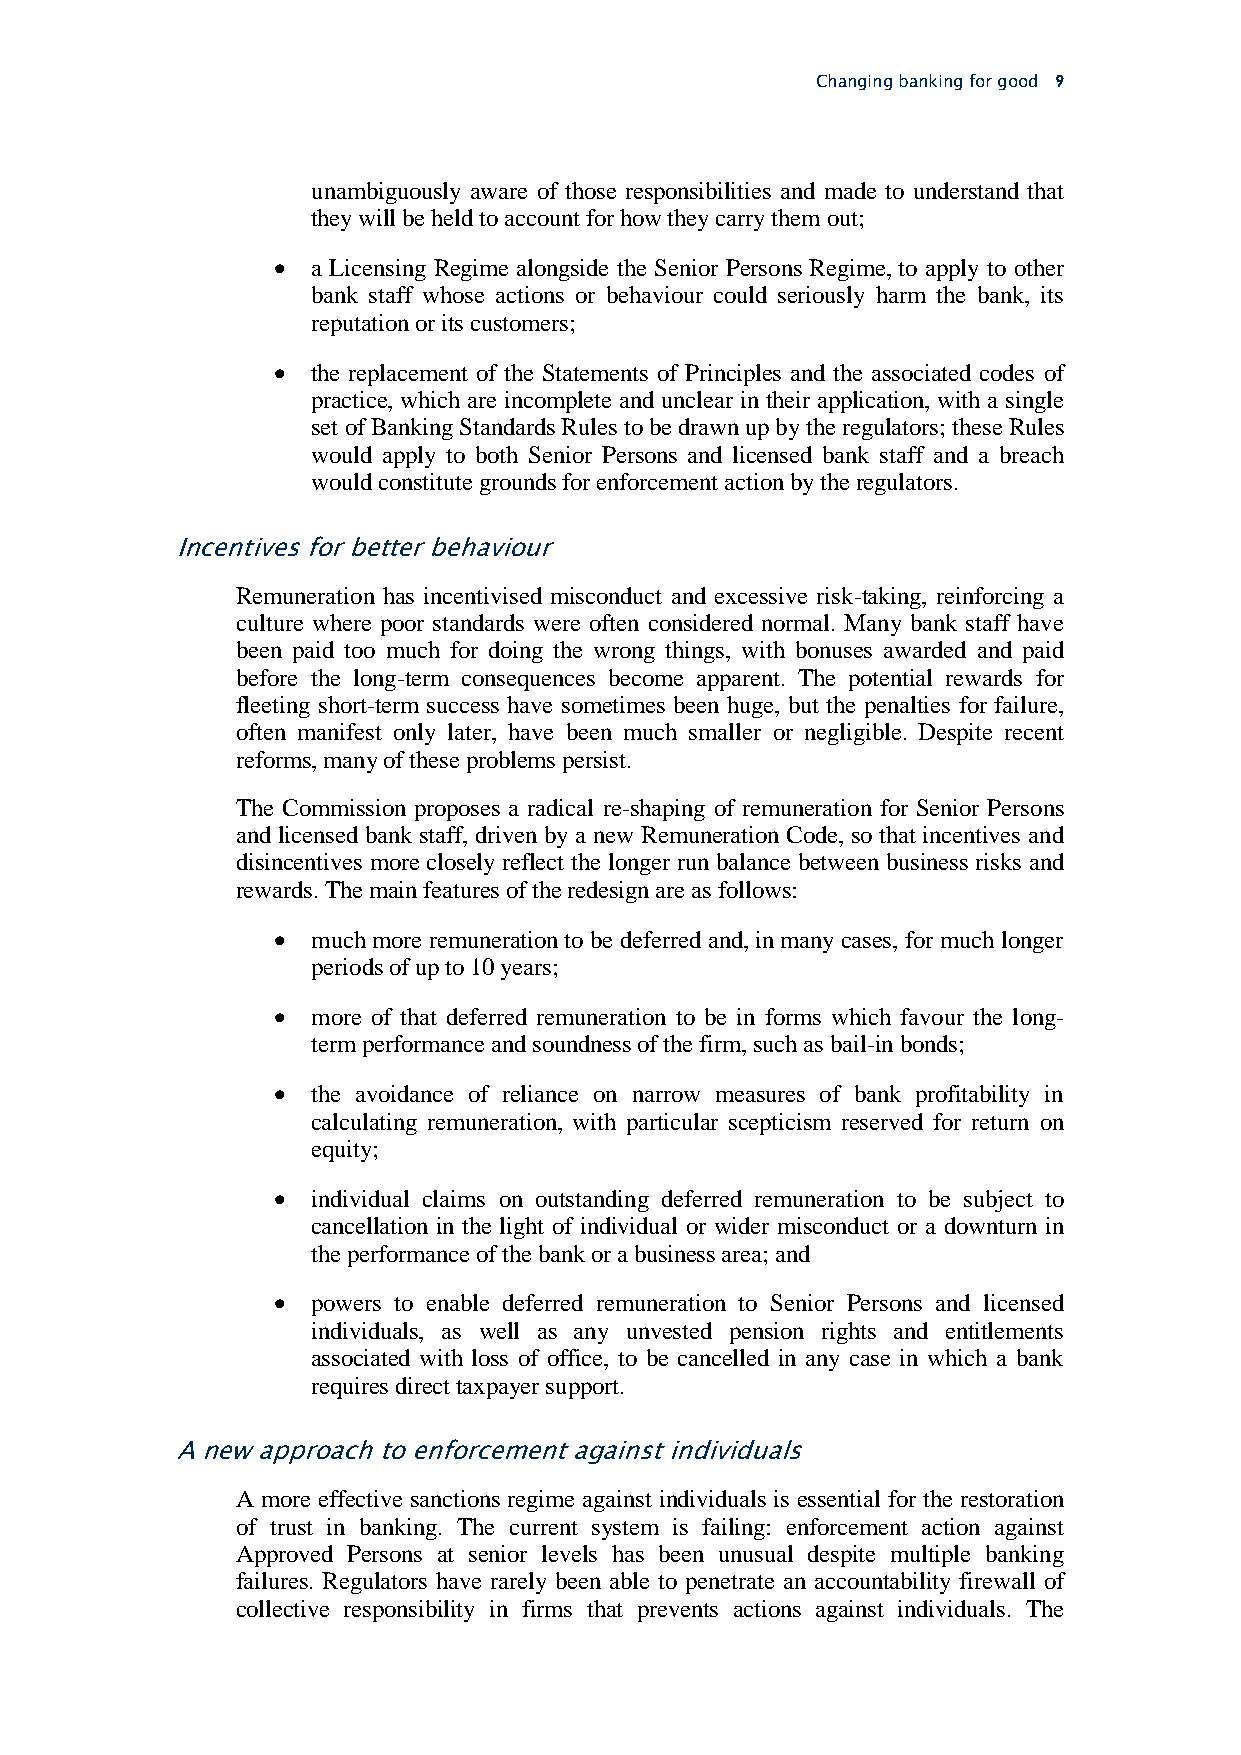
Changing banking for good 9
 unambiguously aware of those responsibilities and made to understand that
 they will be held to account for how they carry them out;
   a Licensing Regime alongside the Senior Persons Regime, to apply to other
 bank staff whose actions or behaviour could seriously harm the bank, its
 reputation or its customers;
   the replacement of the Statements of Principles and the associated codes of
 practice, which are incomplete and unclear in their application, with a single
 set of Banking Standards Rules to be drawn up by the regulators; these Rules
 would apply to both Senior Persons and licensed bank staff and a breach
 would constitute grounds for enforcement action by the regulators.
 Incentives for better behaviour
 Remuneration has incentivised misconduct and excessive risk-taking, reinforcing a
 culture where poor standards were often considered normal. Many bank staff have
 been paid too much for doing the wrong things, with bonuses awarded and paid
 before the long-term consequences become apparent. The potential rewards for
 fleeting short-term success have sometimes been huge, but the penalties for failure,
 often manifest only later, have been much smaller or negligible. Despite recent
 reforms, many of these problems persist.
 The Commission proposes a radical re-shaping of remuneration for Senior Persons
 and licensed bank staff, driven by a new Remuneration Code, so that incentives and
 disincentives more closely reflect the longer run balance between business risks and
 rewards. The main features of the redesign are as follows:
   much more remuneration to be deferred and, in many cases, for much longer
 periods of up to 10 years;
   more of that deferred remuneration to be in forms which favour the long-
 term performance and soundness of the firm, such as bail-in bonds;
   the avoidance of reliance on narrow measures of bank profitability in
 calculating remuneration, with particular scepticism reserved for return on
 equity;
   individual claims on outstanding deferred remuneration to be subject to
 cancellation in the light of individual or wider misconduct or a downturn in
 the performance of the bank or a business area; and
   powers to enable deferred remuneration to Senior Persons and licensed
 individuals, as well as any unvested pension rights and entitlements
 associated with loss of office, to be cancelled in any case in which a bank
 requires direct taxpayer support.
 A new approach to enforcement against individuals
 A more effective sanctions regime against individuals is essential for the restoration
 of trust in banking. The current system is failing: enforcement action against
 Approved Persons at senior levels has been unusual despite multiple banking
 failures. Regulators have rarely been able to penetrate an accountability firewall of
 collective responsibility in firms that prevents actions against individuals. The